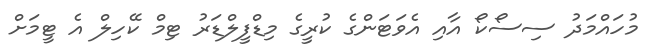
މުހައްމަދު ސިސޯކޯ އާއި އެވަޓަންގެ ކުރީގެ މިޑްފީލްޑަރު ޓިމް ކޭހިލް އެ ޓީމަށް